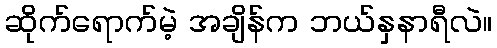
ဆိုက်ရောက်မဲ့ အချိန်က ဘယ်နှနာရီလဲ။